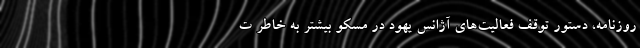
روزنامه، دستور توقف فعالیت‌های آژانس یهود در مسکو بیشتر به خاطر ت